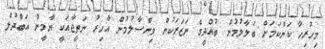
މިހުރިހާ ކަންކަމަށް ބަލާލުމުން ބުއްދީގެ ނަޒަރަކުން ވިންސާލުމުން އާހިރު ނަތީޖާއަކީ ޔާމީން އަބްދުލް